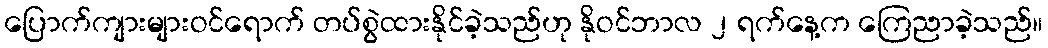
ပြောက်ကျားများဝင်ရောက် တပ်စွဲထားနိုင်ခဲ့သည်ဟု နိုဝင်ဘာလ ၂ ရက်နေ့က ကြေညာခဲ့သည်။